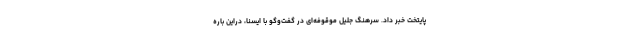
پایتخت خبر داد. سرهنگ جلیل موقوفه‌ای در گفت‌وگو با ایسنا، دراین باره